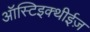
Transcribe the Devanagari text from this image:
ऑस्टिइक्थीईज़